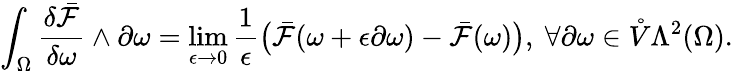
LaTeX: \int_{\Omega}\frac{\delta\bar{\mathcal{F}}}{\delta\omega}\wedge\partial\omega=\operatorname*{lim}_{\epsilon\to 0}\frac{1}{\epsilon}\big(\bar{\mathcal{F}}(\omega+\epsilon\partial\omega)-\bar{\mathcal{F}}(\omega)\big),\ \forall\partial\omega\in\mathring{V}\Lambda^{2}(\Omega).